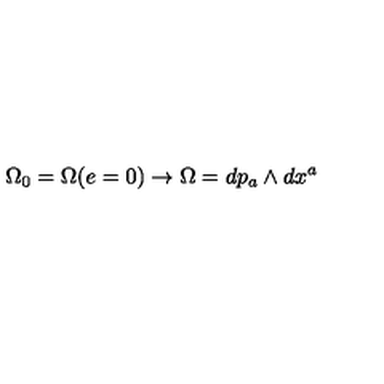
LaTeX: \Omega _ { 0 } = \Omega ( e = 0 ) \rightarrow \Omega = d p _ { a } \wedge d x ^ { a }